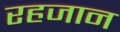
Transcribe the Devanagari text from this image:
रहजान